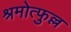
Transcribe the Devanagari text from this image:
श्रमोत्फुल्ल